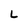
Character: L